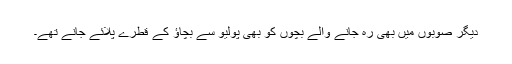
دیگر صوبوں میں بھی رہ جانے والے بچوں کو بھی پولیو سے بچاؤ کے قطرے پلائے جانے تھے۔